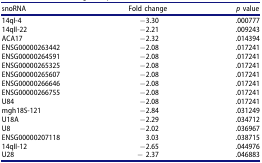
<table><thead><tr><td><b>snoRNA</b></td><td><b>Fold change</b></td><td><b><i>p</i> value</b></td></tr></thead><tbody><tr><td>14qI-4</td><td>−3.30</td><td>.000777</td></tr><tr><td>14qII-22</td><td>−2.21</td><td>.009243</td></tr><tr><td>ACA17</td><td>−2.32</td><td>.014394</td></tr><tr><td>ENSG00000263442</td><td>−2.08</td><td>.017241</td></tr><tr><td>ENSG00000264591</td><td>−2.08</td><td>.017241</td></tr><tr><td>ENSG00000265325</td><td>−2.08</td><td>.017241</td></tr><tr><td>ENSG00000265607</td><td>−2.08</td><td>.017241</td></tr><tr><td>ENSG00000266646</td><td>−2.08</td><td>.017241</td></tr><tr><td>ENSG00000266755</td><td>−2.08</td><td>.017241</td></tr><tr><td>U84</td><td>−2.08</td><td>.017241</td></tr><tr><td>mgh18S-121</td><td>−2.84</td><td>.031249</td></tr><tr><td>U18A</td><td>−2.29</td><td>.034712</td></tr><tr><td>U8</td><td>−2.02</td><td>.036967</td></tr><tr><td>ENSG00000207118</td><td>3.03</td><td>.038715</td></tr><tr><td>14qII-12</td><td>−2.65</td><td>.044976</td></tr><tr><td>U28</td><td>− 2.37</td><td>.046883</td></tr></tbody></table>